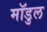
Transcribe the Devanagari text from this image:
मॉडुल